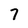
Character: 7